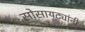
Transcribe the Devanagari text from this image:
सोसायट्यांनी